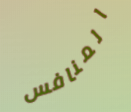
المنافس